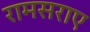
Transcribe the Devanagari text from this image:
रामसराए